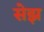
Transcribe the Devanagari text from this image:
सेझ